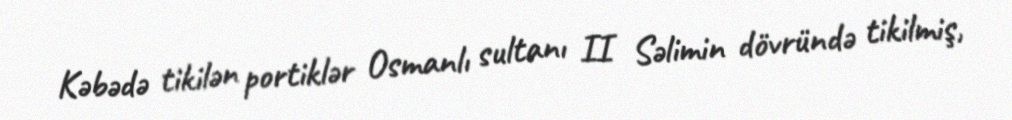
Kəbədə tikilən portiklər Osmanlı sultanı II Səlimin dövründə tikilmiş,